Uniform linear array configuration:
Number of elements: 4
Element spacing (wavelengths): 1
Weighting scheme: cosine
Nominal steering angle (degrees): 60
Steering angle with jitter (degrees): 59.295
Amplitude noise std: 0.05
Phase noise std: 0.05

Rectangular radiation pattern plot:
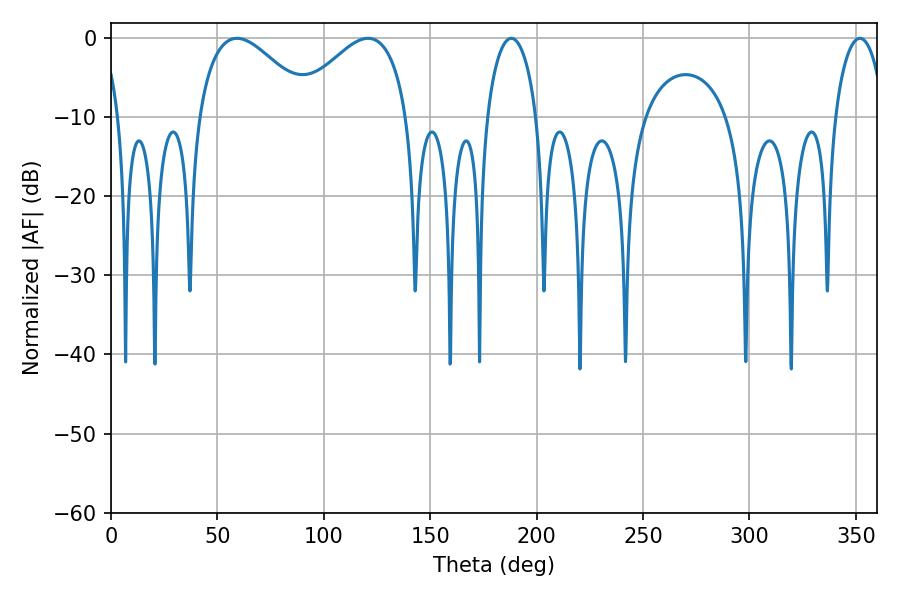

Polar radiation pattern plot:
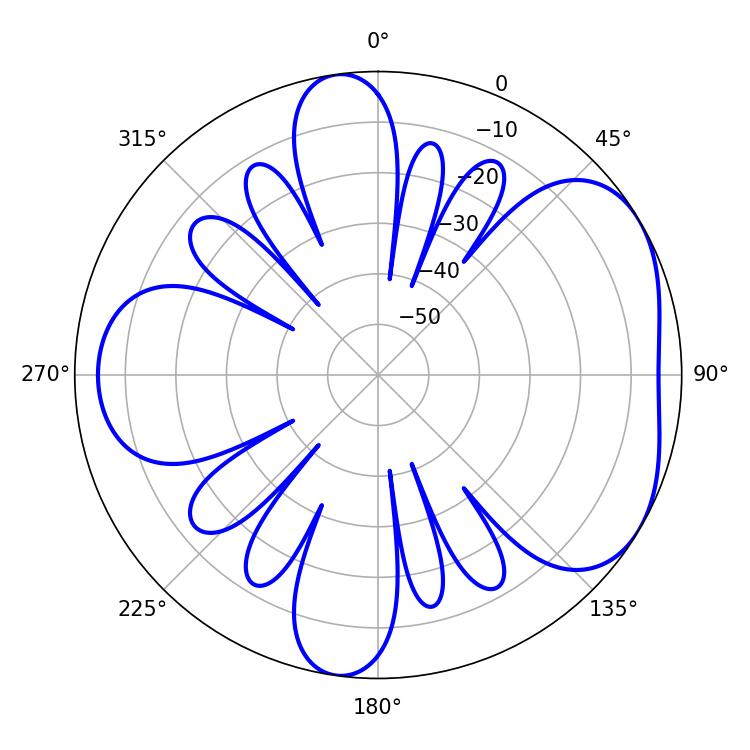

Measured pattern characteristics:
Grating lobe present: TRUE
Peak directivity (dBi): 4.686
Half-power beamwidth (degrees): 13.32
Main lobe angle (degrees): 351.9